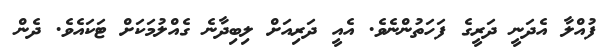
ފުއްލާ އެދަނީ ދަރީގެ ފަހަތުންނެވެ. އެއީ ދަރިއަށް ލިބިދާނެ ގެއްލުމަކަށް ޓަކައެވެ. ދެން